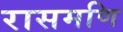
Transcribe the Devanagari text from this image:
रासमणि